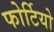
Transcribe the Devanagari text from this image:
फोर्टियो